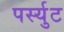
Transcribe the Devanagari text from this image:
पर्स्युट